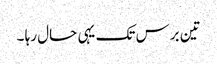
تین برس تک یہی حال رہا ۔